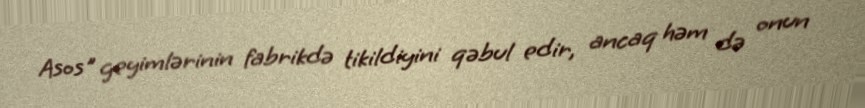
Asos" geyimlərinin fabrikdə tikildiyini qəbul edir, ancaq həm də onun